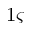
1 \varsigma